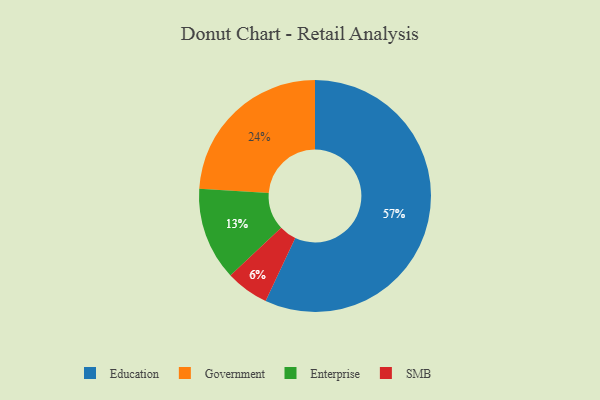
{"axis": {"x": "Category", "y": "Percentage"}, "legend": ["Education", "Enterprise", "Government", "SMB"], "data": [{"x": "Government", "y": 24, "type": "Government"}, {"x": "SMB", "y": 6, "type": "SMB"}, {"x": "Education", "y": 57, "type": "Education"}, {"x": "Enterprise", "y": 13, "type": "Enterprise"}]}